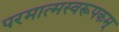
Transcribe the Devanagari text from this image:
परमात्मस्वरूपकम्